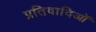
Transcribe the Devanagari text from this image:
प्रतिवादिओं